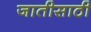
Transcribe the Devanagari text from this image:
जातीसाठी